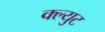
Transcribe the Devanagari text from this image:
क्ल्युट